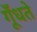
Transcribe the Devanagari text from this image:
गूँधते